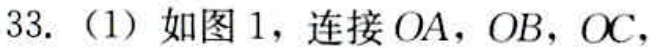
33.（1）如图1，连接 \(OA\)，\(OB\)，\(OC\)，